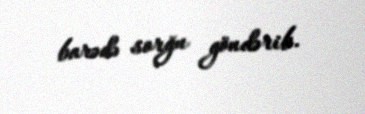
barədə sorğu göndərib.